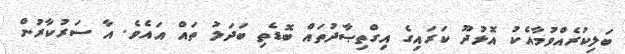
ބަލިކުރެއްވުމާއެކު އޮޅުދޫ ކަރައިގެ އިގްތިޞާދުތައް ބޮޑެތި ބަދަލު ތައް އައެވެ. އާ ސަރުކާރުން